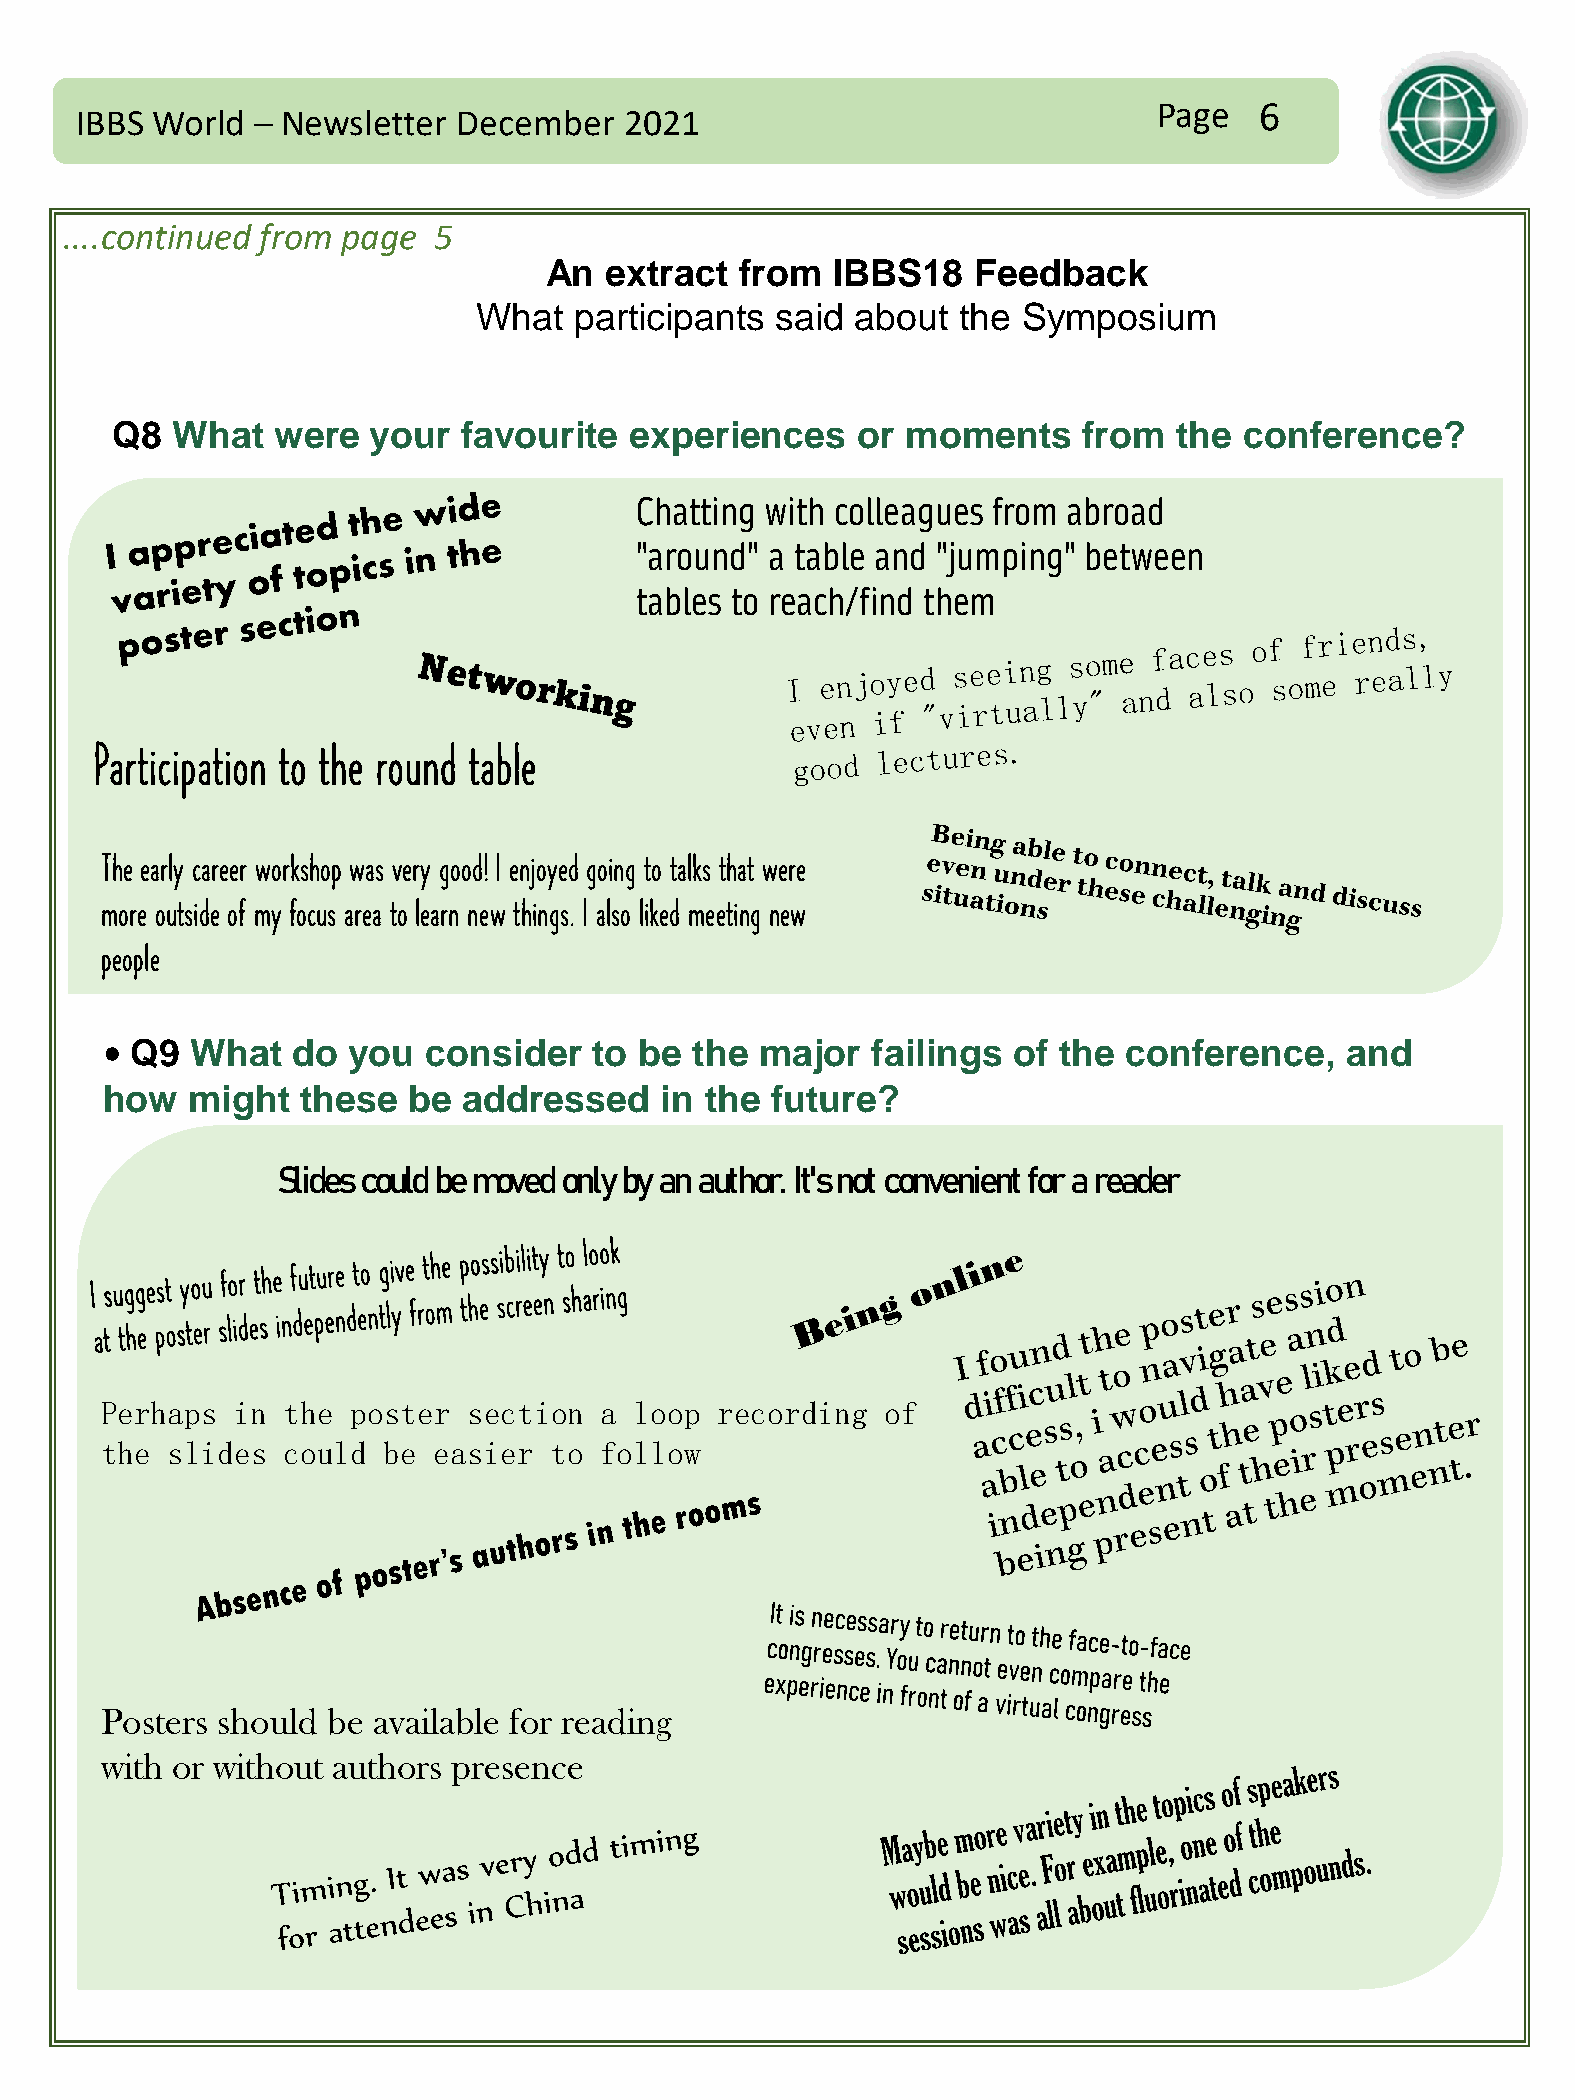
Page  6
 IBBS World  – Newsletter December   2021
 ....continued from page  5
 An  extract  from  IBBS18    Feedback
 What  participants said  about  the Symposium
 Q8  What   were  your   favourite  experiences    or moments     from  the conference?
 Chatting with colleagues from abroad
 "around" a table and "jumping" between
 tables to reach/find them
 Participation to the round table
 The early career workshop was very good! I enjoyed going to talks that were
 more outside of my focus area to learn new things. I also liked meeting new
 people
 • Q9  What  do  you  consider   to be  the major   failings of the  conference,   and
 how  might   these  be  addressed    in the future?
 Slides could be moved only by an author. It's not convenient for a reader
 Perhaps  in the poster  section  a loop  recording  of
 the slides  could be  easier to  follow
 Posters should be available for reading
 with or without authors presence